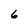
Character: 6